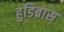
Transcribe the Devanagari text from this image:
हुडिब्रास